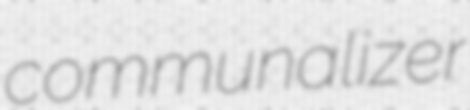
communalizer